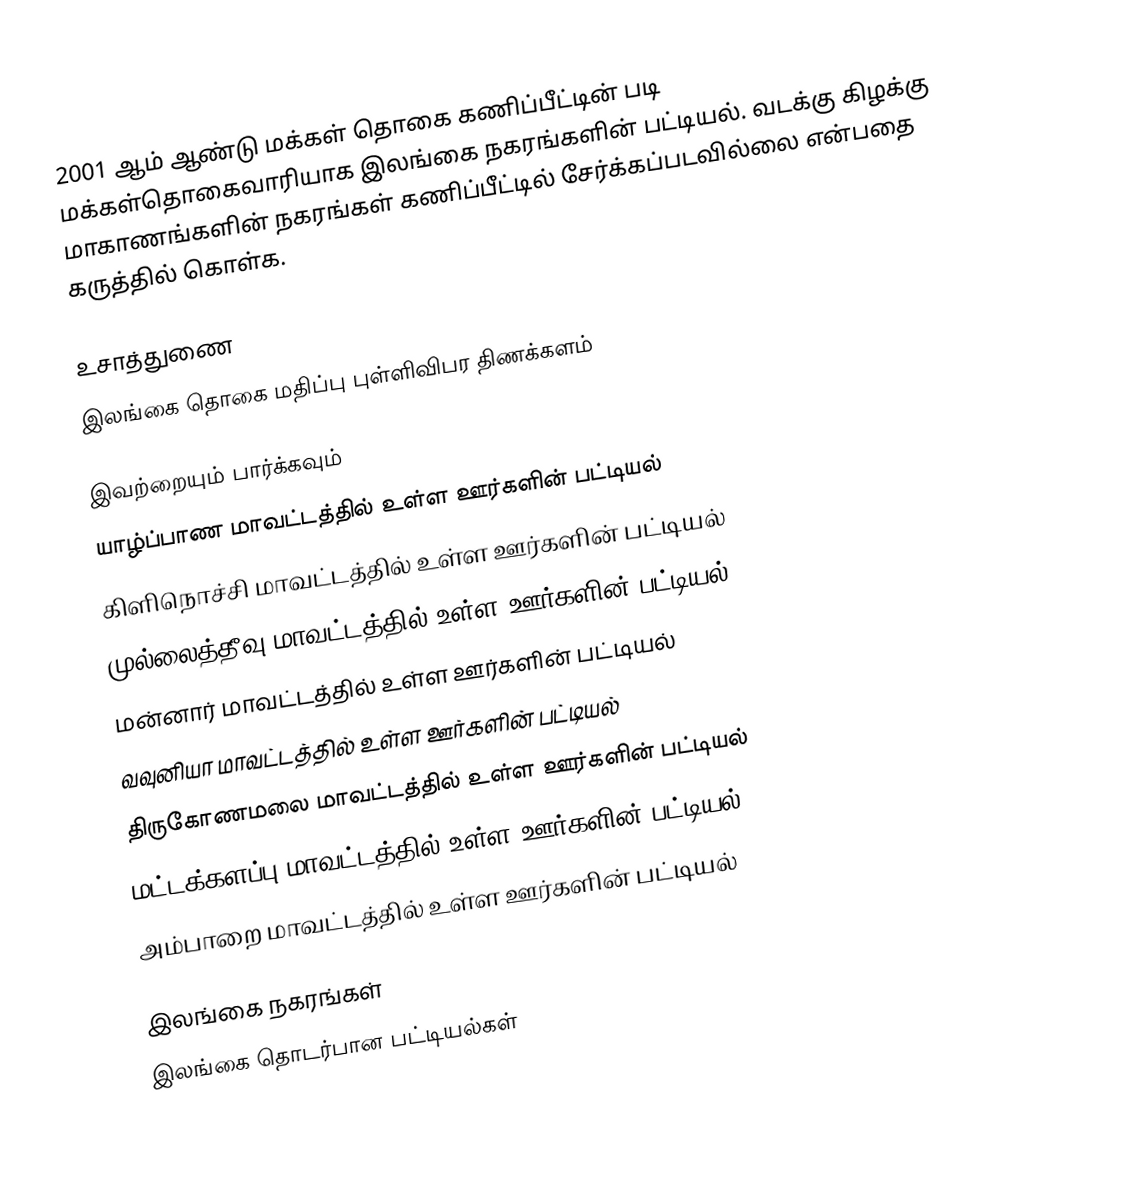
2001 ஆம் ஆண்டு மக்கள் தொகை கணிப்பீட்டின் படி மக்கள்தொகைவாரியாக இலங்கை நகரங்களின் பட்டியல். வடக்கு கிழக்கு மாகாணங்களின் நகரங்கள் கணிப்பீட்டில் சேர்க்கப்படவில்லை என்பதை கருத்தில் கொள்க.

உசாத்துணை
இலங்கை தொகை மதிப்பு புள்ளிவிபர திணக்களம்

இவற்றையும் பார்க்கவும்
 யாழ்ப்பாண மாவட்டத்தில் உள்ள ஊர்களின் பட்டியல்
 கிளிநொச்சி மாவட்டத்தில் உள்ள ஊர்களின் பட்டியல்
 முல்லைத்தீவு மாவட்டத்தில் உள்ள ஊர்களின் பட்டியல்
 மன்னார் மாவட்டத்தில் உள்ள ஊர்களின் பட்டியல்
 வவுனியா மாவட்டத்தில் உள்ள ஊர்களின் பட்டியல்
 திருகோணமலை மாவட்டத்தில் உள்ள ஊர்களின் பட்டியல்
 மட்டக்களப்பு மாவட்டத்தில் உள்ள ஊர்களின் பட்டியல்
 அம்பாறை மாவட்டத்தில் உள்ள ஊர்களின் பட்டியல்

இலங்கை நகரங்கள்
இலங்கை தொடர்பான பட்டியல்கள்